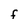
Character: F